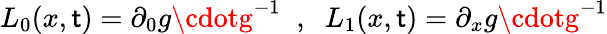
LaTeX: L_{0}(x,\mathsf{t})=\partial_{0}g\cdotg^{-1}\; \; ,\; \; L_{1}(x,\mathsf{t})=\partial_{x}g\cdotg^{-1}